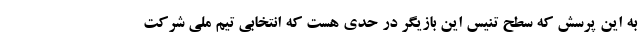
به این پرسش که سطح تنیس این بازیگر در حدی هست که انتخابی تیم ملی شرکت